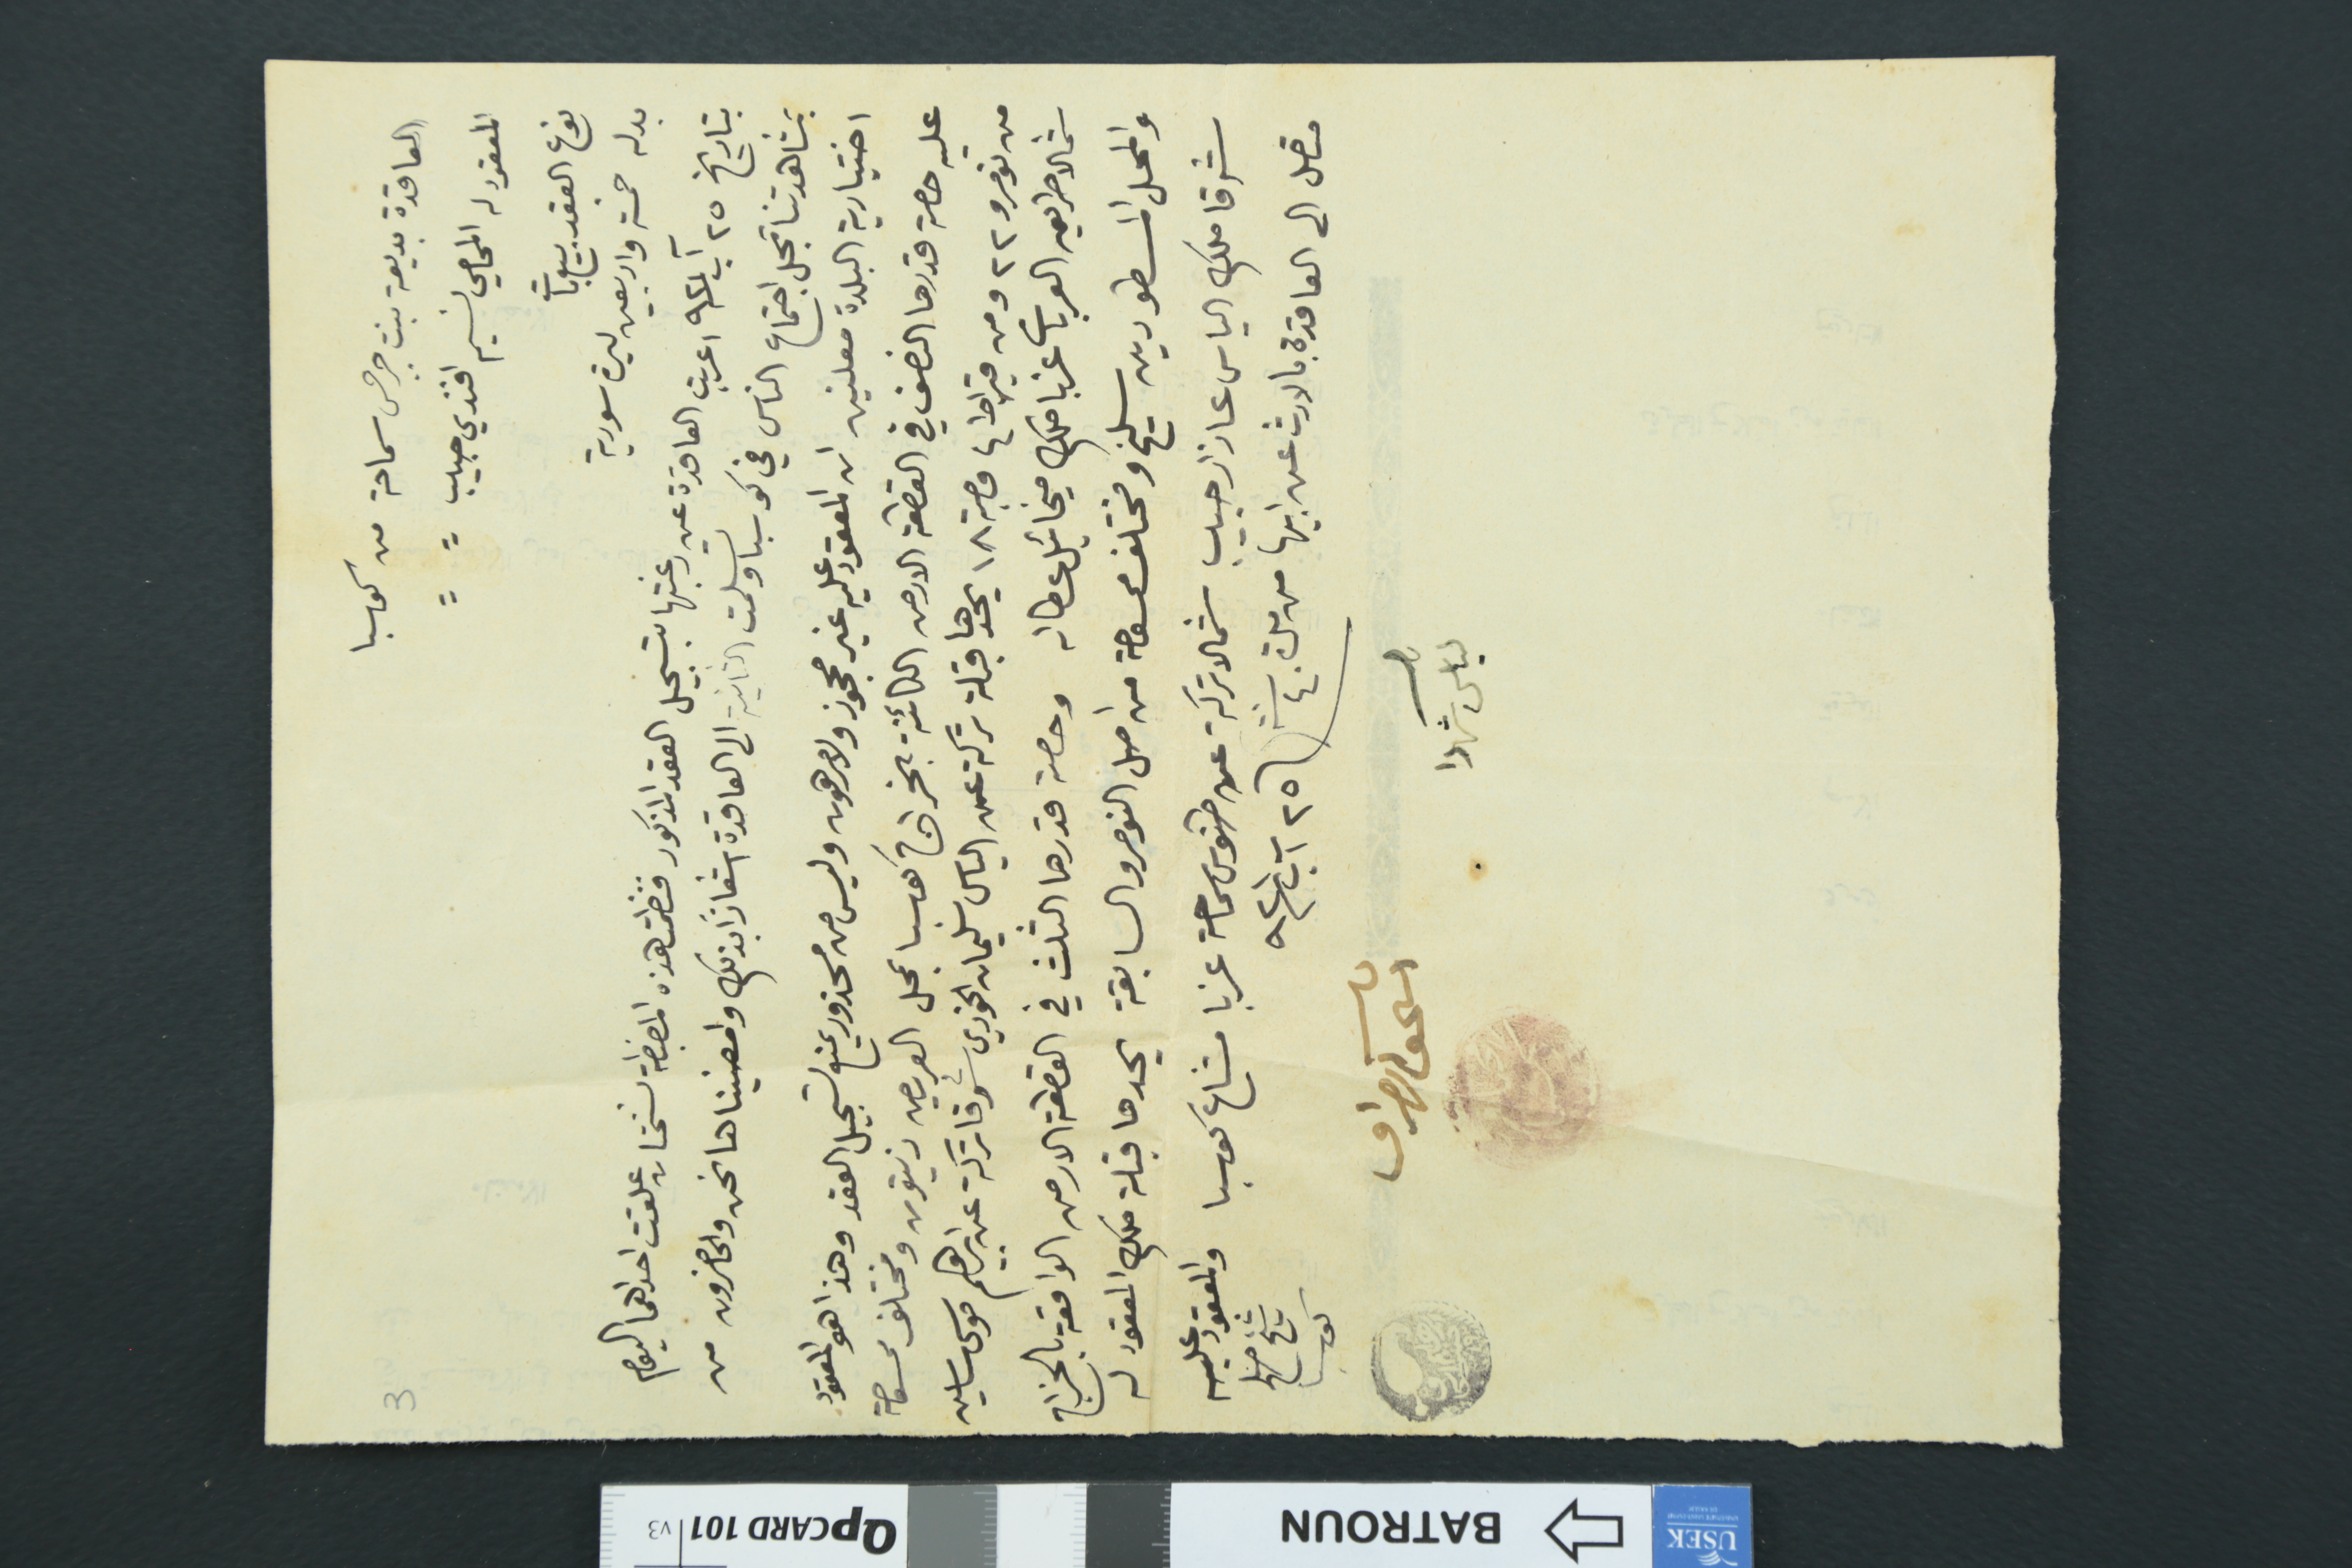
العاقدة بديعة بنت جرجس سماحة من كوسبا
المعقود له المحامي نسيم افندي حبيب =	=
3
نوع العقد بيع بات
بدله خمسة واربعين ليرة سورية
بتاريخ ٢٥ آب سنة ٩٢١ اعربت العاقدة عن رغبتها بتسجيل العقد المذكور فنظمت هذه المضبطة نسختان علقت احداهما اليوم
بمشاهدتنا بمحل اجتماع الناس في كوسبا وتسلمت الثانية الى العاقدة اشعاراً بذلك وامضيناها نحن والحاضرون من
اختيارية البلدة معلنين ان المعقود عليه غير محجوز ولا مرهون وليس من محذور يمنع تسجيل العقد وهذا هو المعقود
عليه حصة قدرها النصف في القطعة الارص الكائنة بالخراج كوسبا بمحل العريص زيتون ومختلف ممسوحة
من نمرو ٢٢ ومن قيراط ٤ مصبة ١٨ يحدها قبلة تركة عن الياس سليمان الخوري شرقا تركة عن ابرهيم موسى ساسين
شمالا طريق العربات غربا ملك ميخائيل عطالله وحصة قدبها الثلث في القطعة الارص الواقعة بالخراج

والمحل المسطورين سليخ ومختلف محسومة من اصل النومرو السابقة يحدها قبلة ملك المعقود له
متصل الى العاقدة بالارث عن ابيها من مدة ٤٠ سنة \ ٢٥ آب سنة ٩٢١
شيخ صلح كوسبا
لياس شهدا
اسحق الصراف